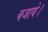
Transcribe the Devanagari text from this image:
बजाये।